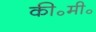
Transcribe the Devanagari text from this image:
की॰मी॰